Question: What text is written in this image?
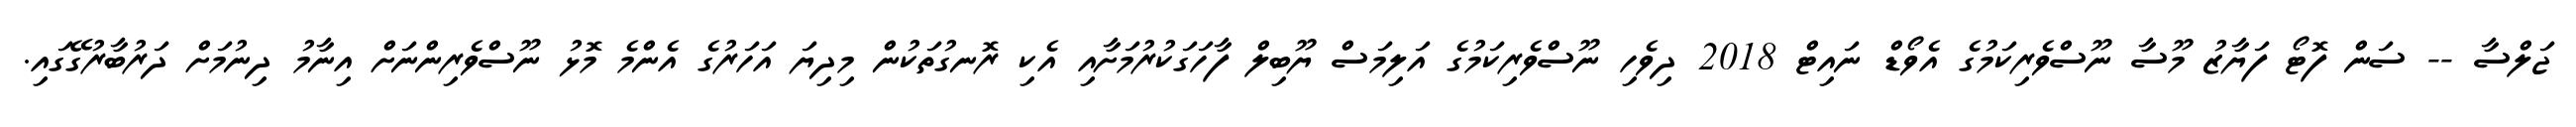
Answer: ޖަލްސާ -- ސަން ފޮޓޯ ފަޔާޒު މޫސާ ނޫސްވެރިކަމުގެ އެވޯޑް ނައިޓް 2018 ދިވެހި ނޫސްވެރިކަމުގެ އަލިމަސް ޔޫބިލް ފާހަގަކުރުމަށާއި އެކި ރޮނގުތަކުން މިދިޔަ އަހަރުގެ އެންމެ މޮޅު ނޫސްވެރިންނަށް އިނާމު ދިނުމަށް ދަރުބާރުގޭގައި.